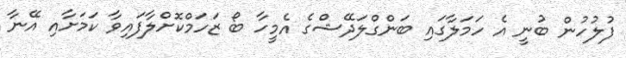
ފުލުހުން ބުނީ އެ ހަމަލާގައި ބަންގްލަދޭޝްގެ އެމީހާ ބޯ ޒަހަމްކޮށްލާފައިވާ ކަމަށާއި އޭނާ